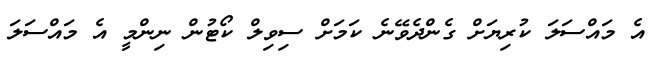
އެ މައްސަލަ ކުރިޔަށް ގެންދެވޭނެ ކަމަށް ސިވިލް ކޯޓުން ނިންމީ އެ މައްސަލަ